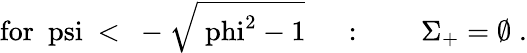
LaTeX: \mathrm{for~\ psi~<~-\sqrt{\ phi^{2}-1}~}\quad:\qquad\Sigma_{+}=\emptyset\; .